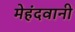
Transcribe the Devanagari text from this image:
मेहंदवानी